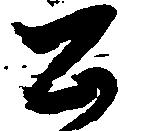
公